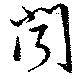
聞